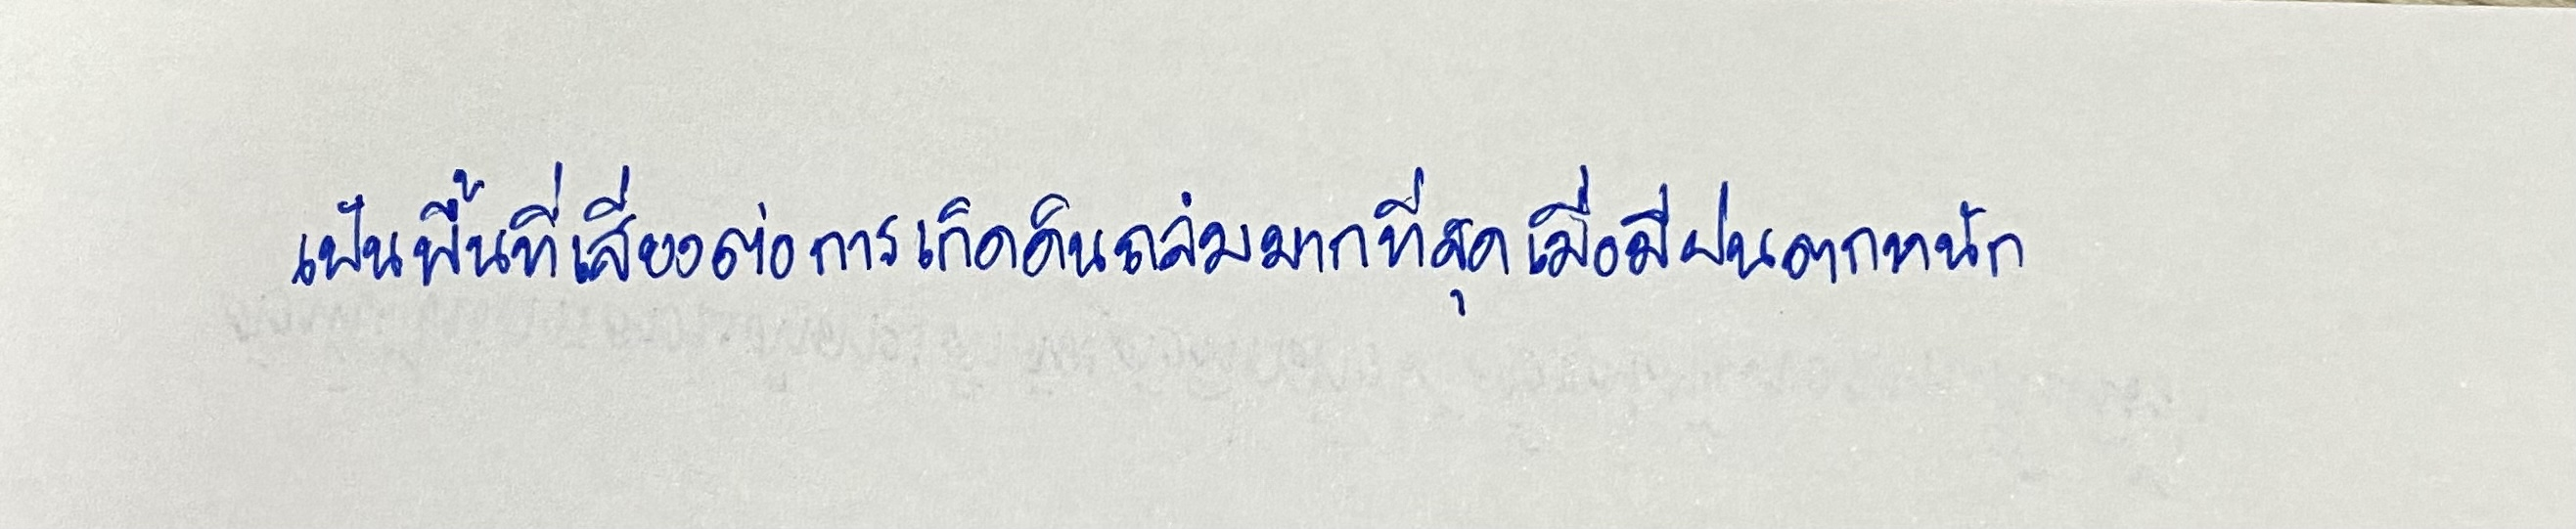
เป็นพื้นที่เสี่ยงต่อการเกิดดินถล่มมากที่สุดเมื่อมีฝนตกหนัก